Kures,_Voldemar, lk 128
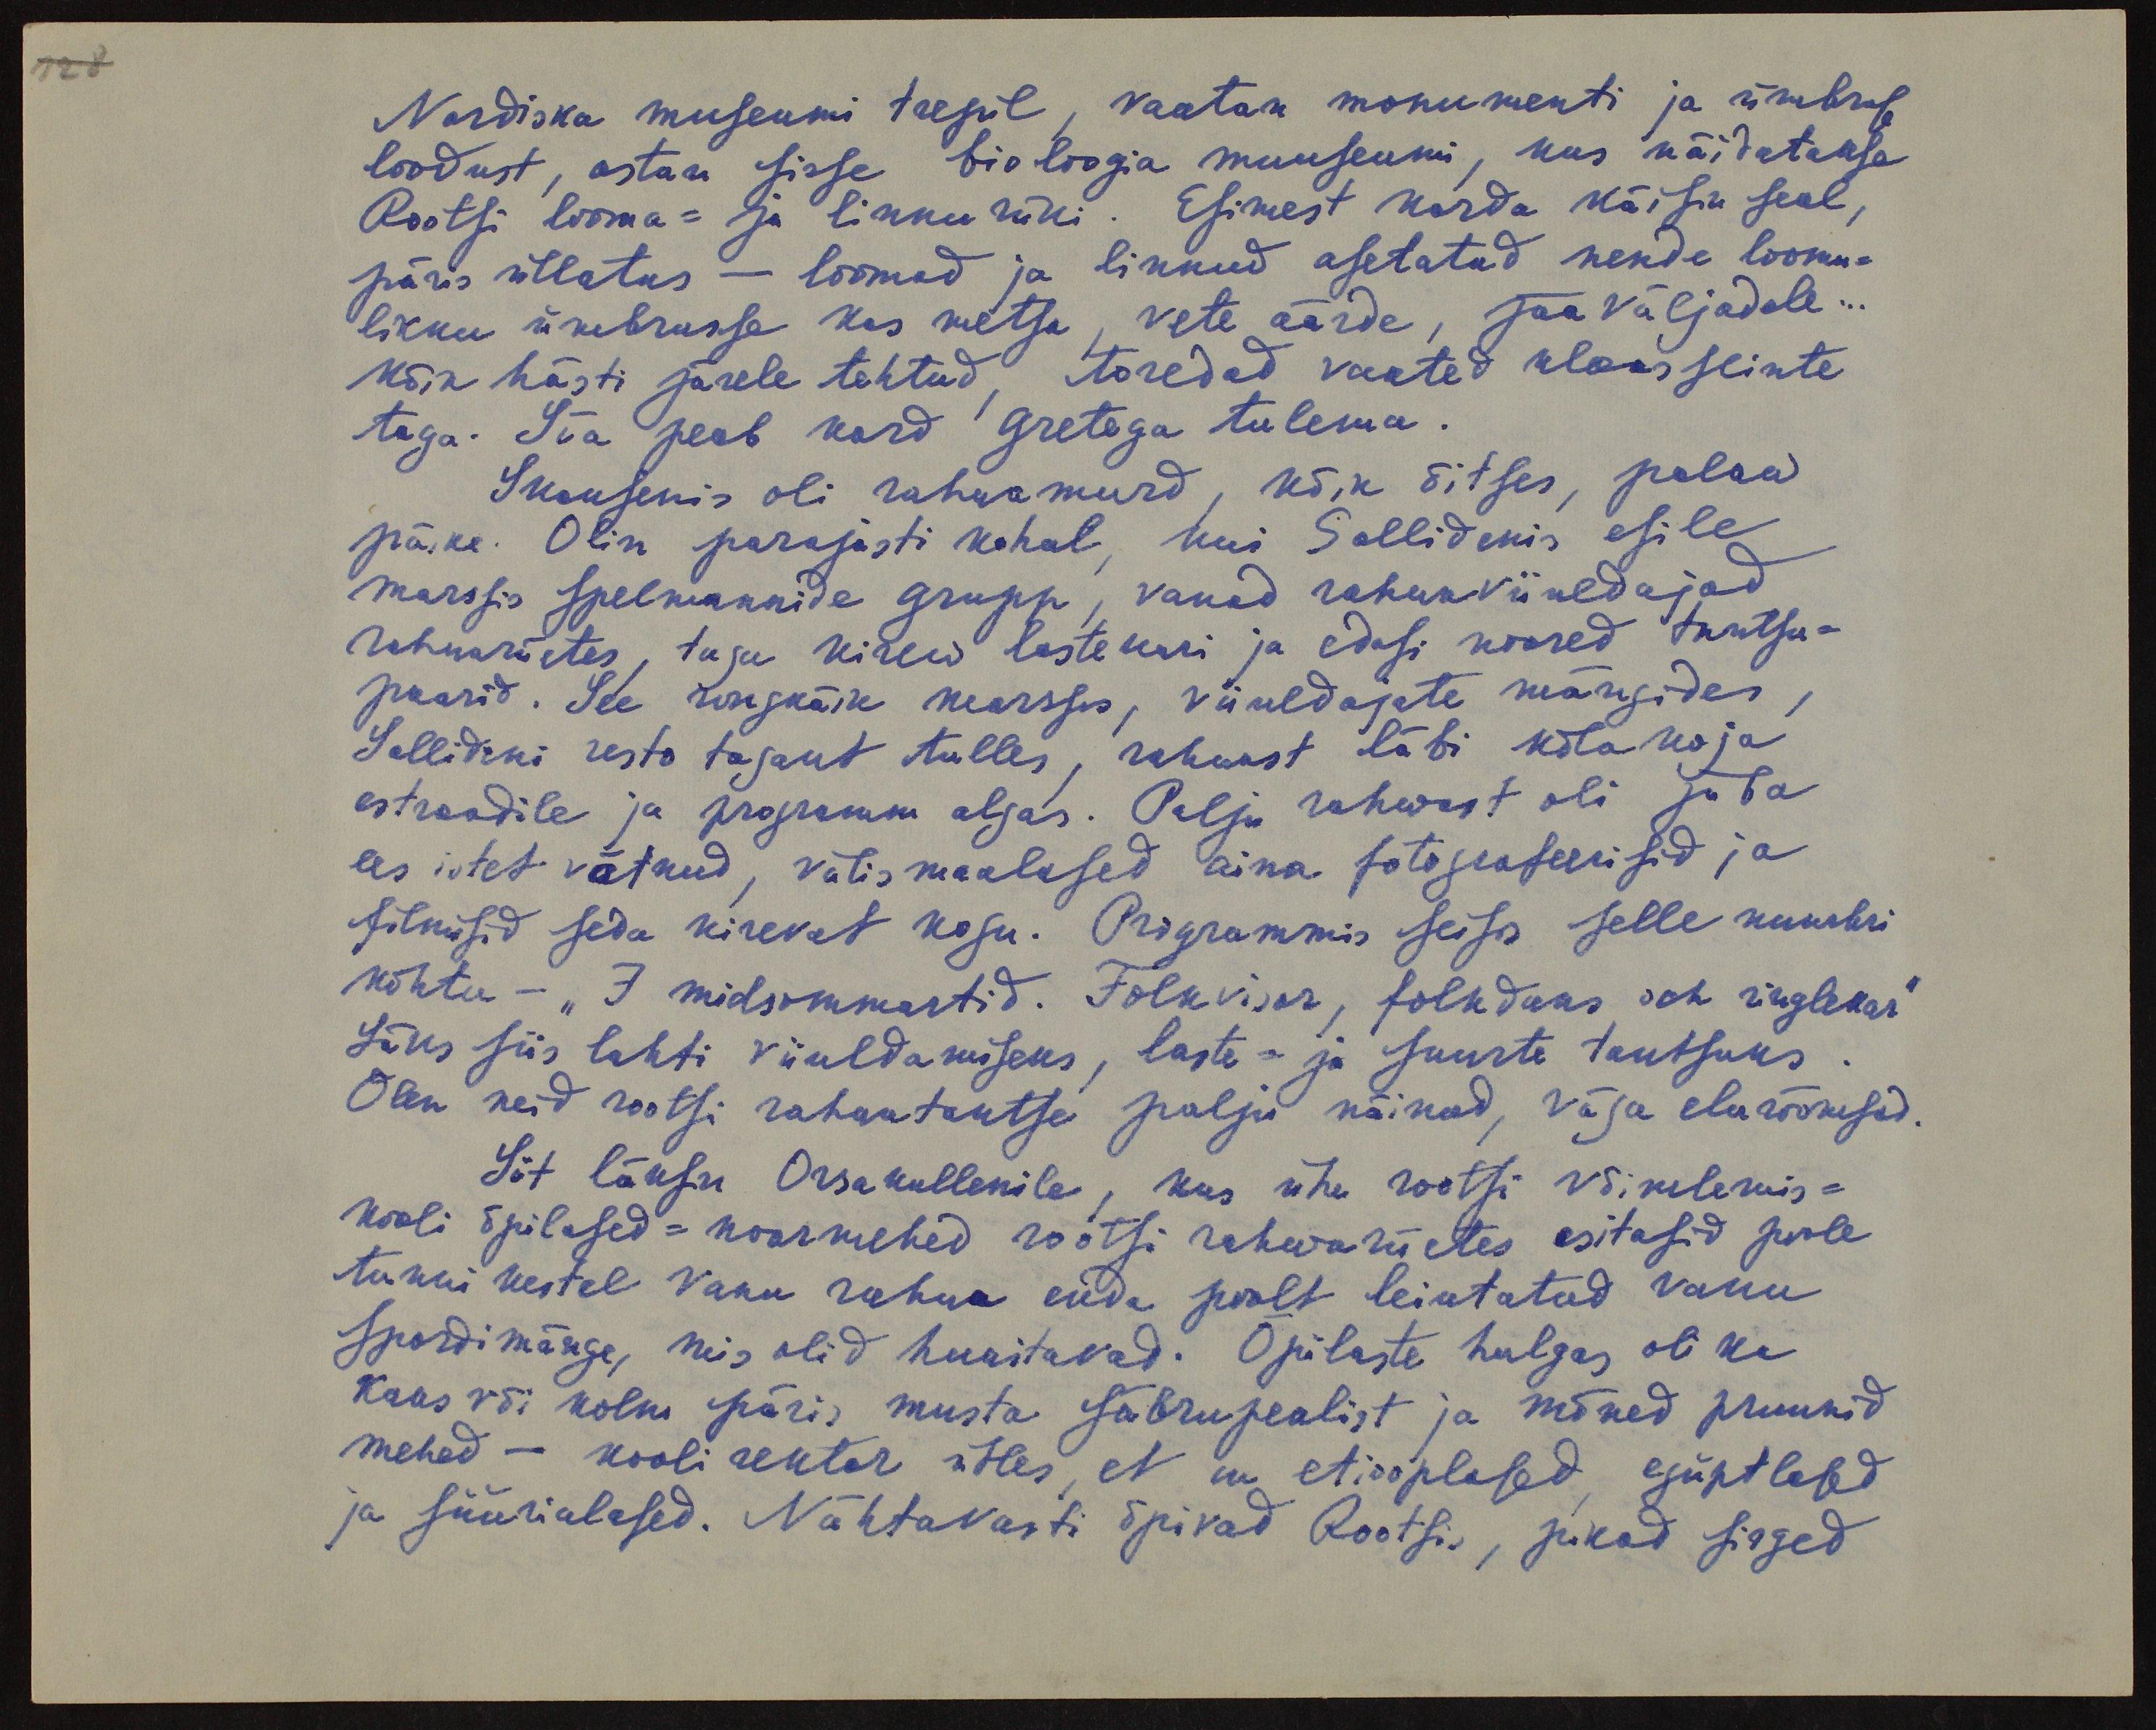
128

Nordiska museumi trepil, vaatan monumenti ja ümbruse
loodust, astun sisse bioloogia muuseumi, kus näidatakse
Rootsi looma- ja linnu riiki. Esimest korda käisin seal,
päris üllatas - loomad ja linnud asetatud nende loomu-
likku ümbrusse kas metsa, vete äärde, jää väljadele...
kõik hästi järele tehtud, toredad vaated klaas seinte
taga. Siia peab kord Gretega tulema.
Skansenis oli rahwamurd, kõik õitses, palaw
päike. Olin parajasti kohal, kui Sollidenis esile
marssis spelmannide grupp, vanad rahwaviiuldajad
rahwariietes, taga kirew lastekari ja edasi noored tantsu-
paarid. See rongkäik marssis, viiuldajate mängides,
Sollideni resto tagant tulles, rahwast läbi kõlakoja
estraadile ja programm algas. Palju rahwast oli juba
ees istet võtnud, välismaalased aina fotografeerisid ja
silmasid seda kirevat kogu. Programmis seisis selle numbri
kohta - "I midsommartid. Folkvisor, folkdans och ringlekar"
Läks siis lahti viiuldamiseks, laste- ja suurte tantsuks
Olen neid rootsi rahwatantse palju näinud, väga elurõõmsad.
Siit läksin Orsakullenile, kus ühe rootsi võimlemis-
kooli õpilased-noormehed rootsi rahwariietes esitasid poole
tunni kestel vana rahwa enda poolt leiutatud vanu
spordimärge, mis olid huvitavad. Õpilaste hulgas oli ka
kaks või kolm päris musta säbrupealist ja mõned pruunid
mehed - kooli rektor ütles, et on etiooplased, egüptlased
ja süürialased. Nähtavasti õpivad Rootsis, pikad sirged